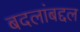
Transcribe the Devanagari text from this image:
बदलांबद्दल